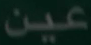
عين